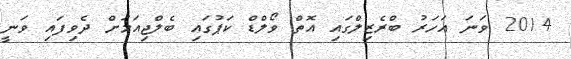
2014 ވަނަ އަހަރު ބްރެޒިލްގައި އޮތް ވޯލްޑް ކަޕުގައި ބެލްޖިއަމަށް ދެވިފައި ވަނީ